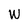
Character: W